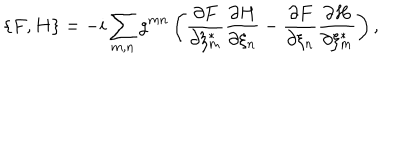
\{ F , H \} = - i \sum _ { m , n } g ^ { m n } \left( \frac { \partial F } { \partial \xi _ { m } ^ { * } } \frac { \partial H } { \partial \xi _ { n } } - \frac { \partial F } { \partial \xi _ { n } } \frac { \partial H } { \partial \xi _ { m } ^ { * } } \right) ,